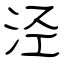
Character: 泾